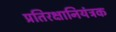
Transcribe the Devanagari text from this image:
प्रतिरक्षानियंत्रक